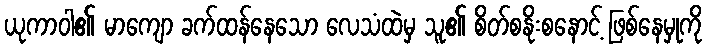
ယုကာဝါ၏ မာကျော ခက်ထန်နေသော လေသံထဲမှ သူ၏ စိတ်စနိုးစနောင့် ဖြစ်နေမှုကို